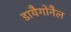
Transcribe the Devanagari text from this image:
डायैगोनैल